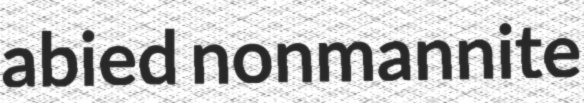
abied nonmannite